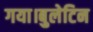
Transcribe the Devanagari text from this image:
गया।बुलेटिन